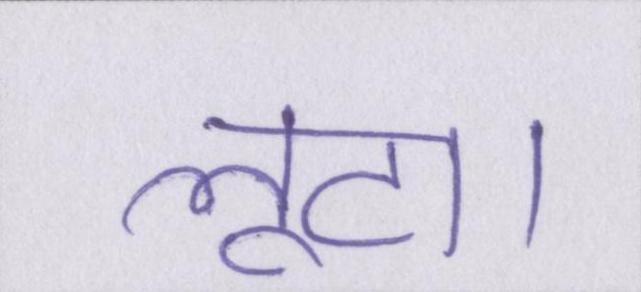
लूटा।